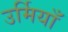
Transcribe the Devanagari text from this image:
उर्मियाँ